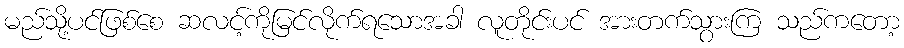
မည်သို့ပင်ဖြစ်စေ ဆလင့်ကိုမြင်လိုက်ရသောအခါ လူတိုင်းပင် အားတက်သွားကြ သည်ကတော့